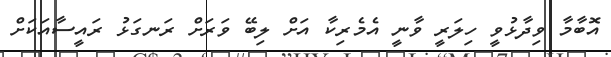
އޮބާމާ ވިދާޅުވީ ހިލަރީ ވާނީ އެމެރިކާ އަށް ލިބޭ ވަރަށް ރަނގަޅު ރައީސާއަކަށް